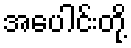
အပေါင်းတို့